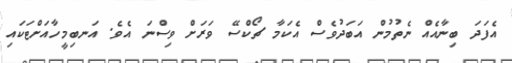
އެފަދަ ބިނާއެއް ނެތުމުން އަބަދުވެސް އެކަމާ ޗޯކްސޭ ވަރަށް ވިސްނަ އެވެ. އަނބިމީހާއަށްޓަކައި